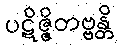
ပဋိဇ္ဇိတဗ္ဗန္တိ